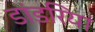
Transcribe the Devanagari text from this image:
डांडरियां